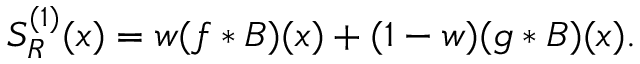
\begin{array} { r } { S _ { R } ^ { ( 1 ) } ( x ) = w ( f * B ) ( x ) + ( 1 - w ) ( g * B ) ( x ) . } \end{array}